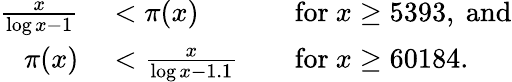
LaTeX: \begin{array}{rlrl}{{\frac{x}{\log x-1}}}&{{}<\pi(x)}&{}&{{}{\mathrm{for~}}x\geq 5393,{\mathrm{~and}}}\\ {\pi(x)}&{{}<{\frac{x}{\log x-1.1}}}&{}&{{}{\mathrm{for~}}x\geq 60184.}\end{array}